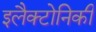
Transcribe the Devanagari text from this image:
इलैक्टोनिकी